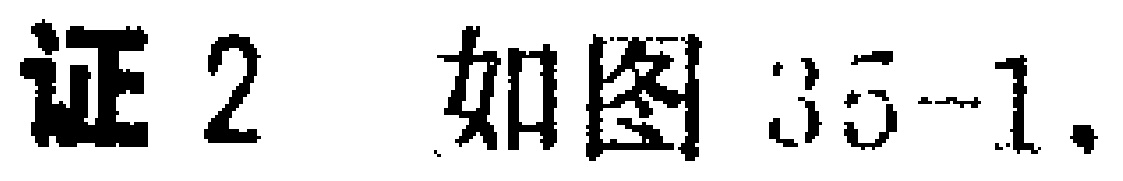
证2 如图35-1.